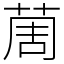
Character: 䓟